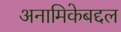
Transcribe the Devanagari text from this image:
अनामिकेबद्दल